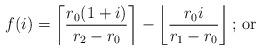
LaTeX: \begin{align*}f(i) = \left\lceil\frac{r_{0}(1+i)}{r_{2}-r_{0}}\right\rceil - \left\lfloor\frac{r_{0}i}{r_{1}-r_{0}}\right\rfloor\mbox{; or}\end{align*}